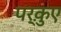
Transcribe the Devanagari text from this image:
पर्क़ुए